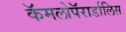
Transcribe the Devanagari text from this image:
कॅमलोपॅरार्डालिस